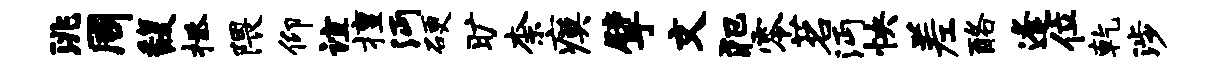
洮周馥拯隈仰谊擅沔硬旷柰瘼擘文犯零茗沔怏差酪逢位乾涉